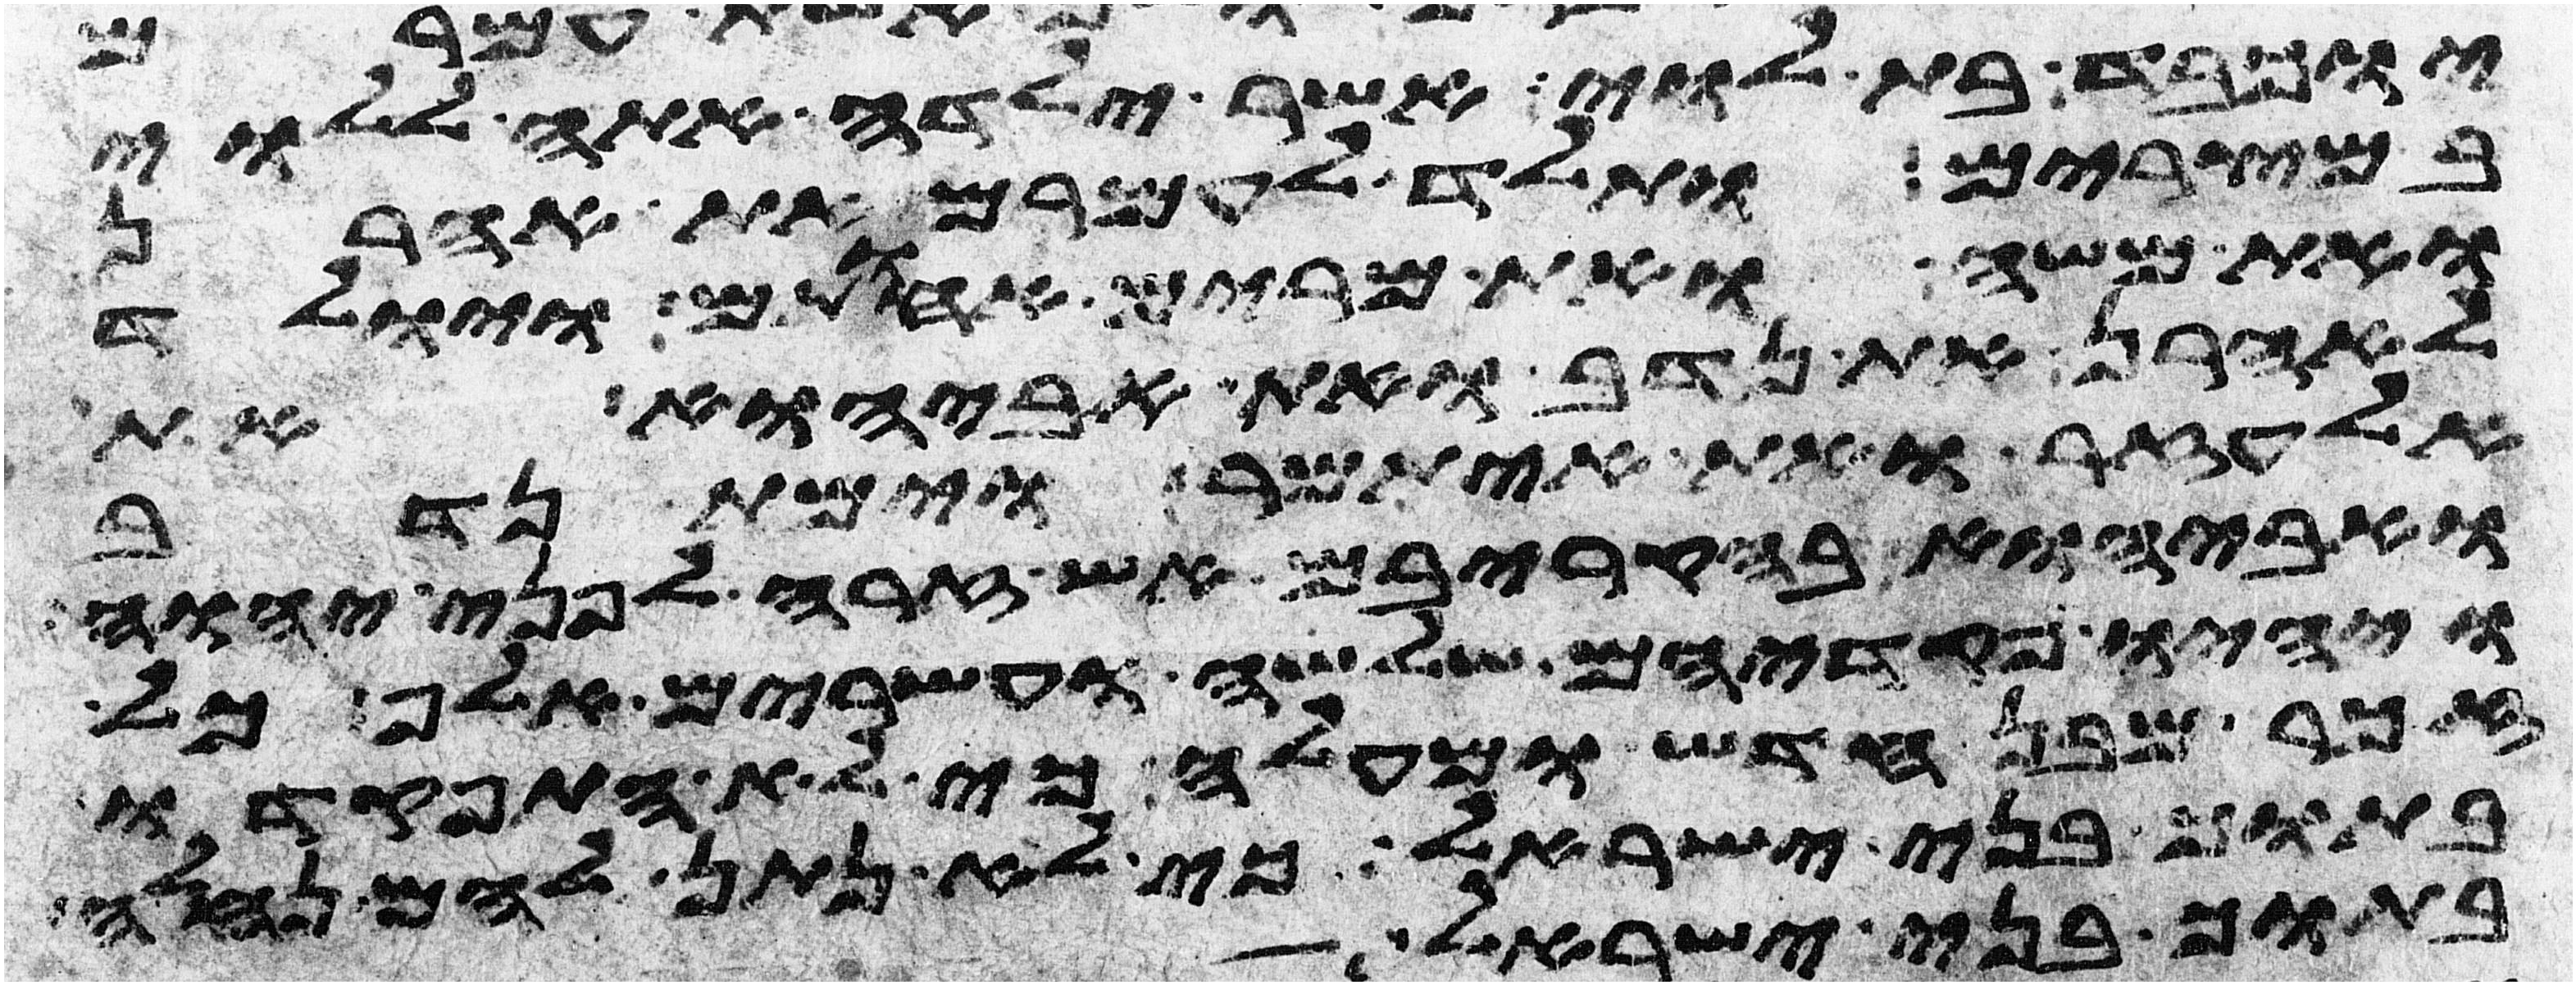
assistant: יוכבד בת לוי אשר ילדה אתה ללוי
במצרים ותלד לעמרם את אהרן
ואת משה ואת מרים אחתם ויולד
לאהרן את נדב ואת אביהוא את
אלעזר ואת איתמר וימת נדב
ואביהוא בהקריבם אש זרה לפני יהוה
ויהיו פקדיהם שלשה ועשרים אלף כל
זכר מבן חדש ומעלה כי לא התפקדו
בתוך בני ישראל כי לא נתן להם נחלה